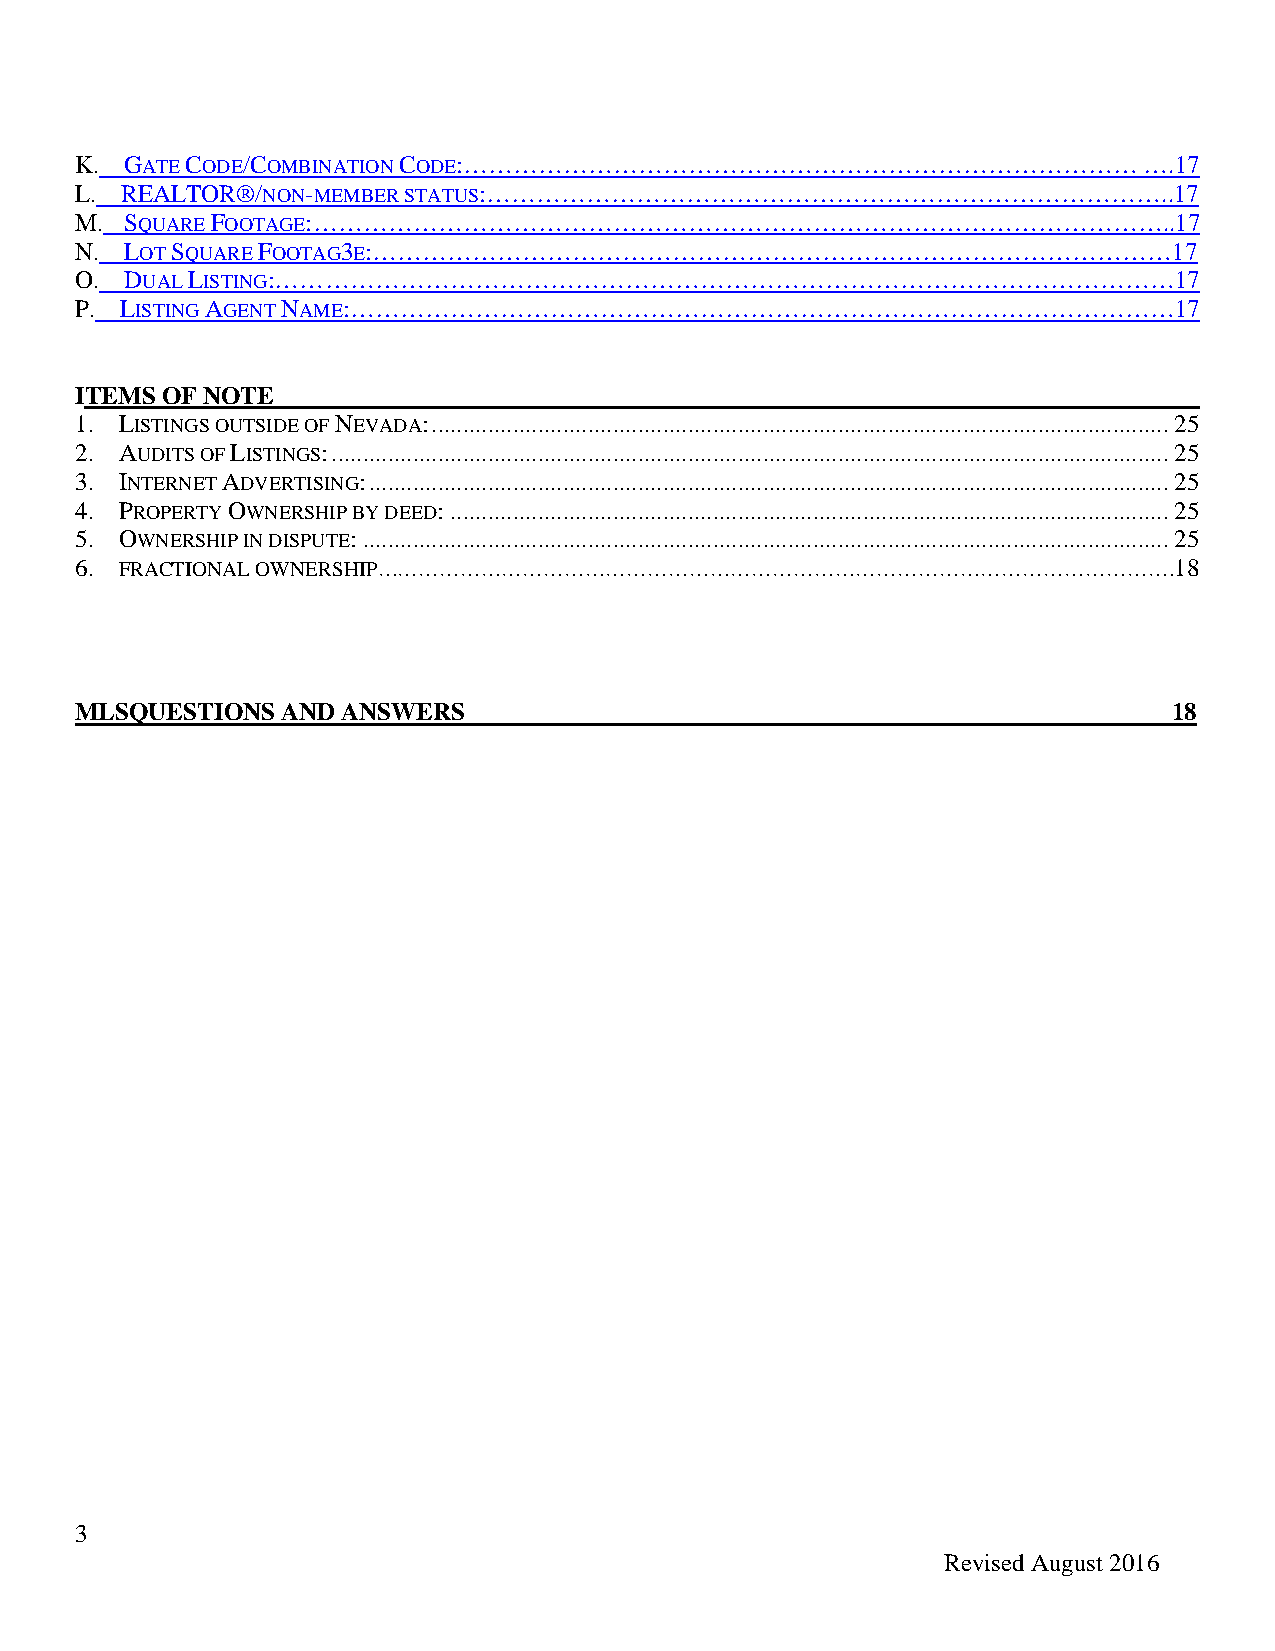
K. GATE CODE/COMBINATION CODE:………………………………………………………………………              ….17
 L. REALTOR®/NON-MEMBER STATUS:………………………………………………………………………..17
 M. SQUARE FOOTAGE:…………………………………………………………………………………………..17
 N. LOT SQUARE FOOTAG3E:……………………………………………………………………………………17
 O. DUAL LISTING:………………………………………………………………………………………………17
 P. LISTING AGENT NAME:………………………………………………………………………………………17
 ITEMS OF NOTE
 1. LISTINGS OUTSIDE OF NEVADA: ...................................................................................................................... 25
 2. AUDITS OF LISTINGS: ...................................................................................................................................... 25
 3. INTERNET ADVERTISING: ................................................................................................................................ 25
 4. PROPERTY OWNERSHIP BY DEED: ................................................................................................................... 25
 5. OWNERSHIP IN DISPUTE: ................................................................................................................................. 25
 6. FRACTIONAL OWNERSHIP…………………………………………………………………………………………………….18
 MLSQUESTIONS  AND ANSWERS                                                18
 3
 Revised August 2016